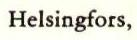
Helsingfors,